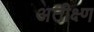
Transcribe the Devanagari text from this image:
अतीक्ष्ण